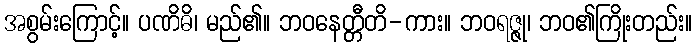
အစွမ်းကြောင့်။ ပဏိဓိ၊ မည်၏။ ဘဝနေတ္တီတိ-ကား။ ဘဝရဇ္ဇု၊ ဘဝ၏ကြိုးတည်း။